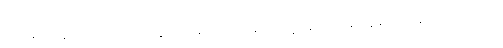
အမေရိကန် ပြည်ထောင်စု တွင် ထိုဆေးကို ရနိုင်သည့်နေရာ တစ်နေရာသာ ရှိသည့်သဘော